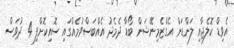
އެވިޑް ކޮލެޖާއި ލަންޑަން އެގްޒެމިނޭޝަން ބޯޑާ ދެމެދު އެއްބަސްވުމެއްގައި ސޮއިކޮށްފި 4 ދުވަސް